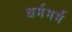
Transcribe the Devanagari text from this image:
धर्ममर्म